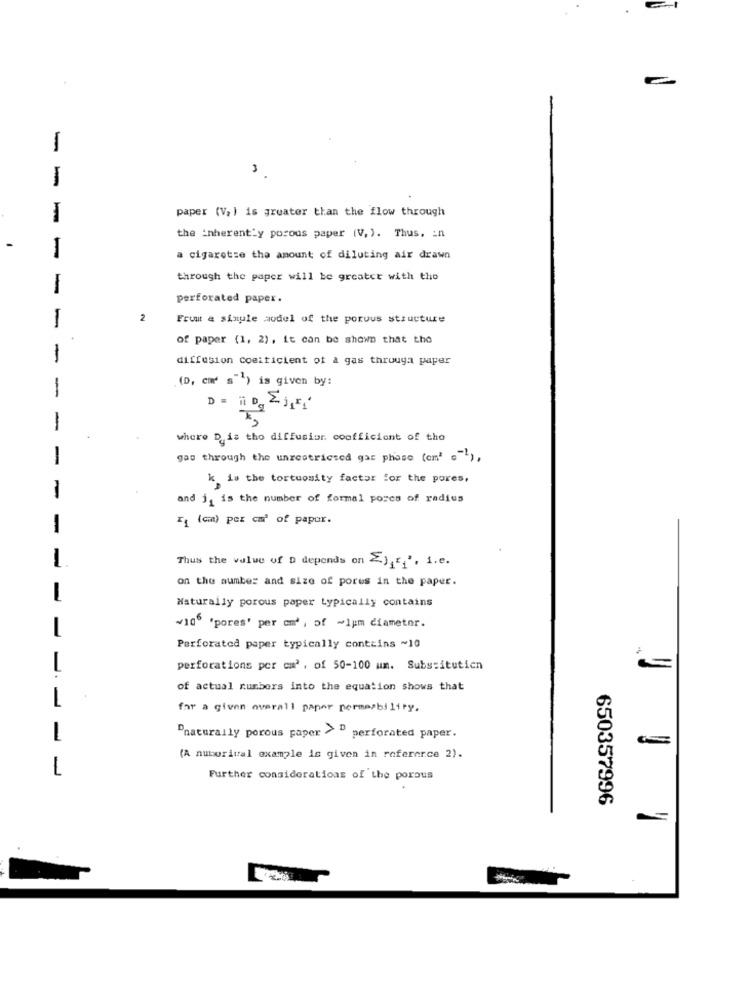
1
-
paper (V2 ) is greater than the flow through
-
-
the inherently porous paper (V.). Thus, in
I
a cigaretse the amount of diluting air drawn
through the paper will be greater with the
-
perforated paper.
1
2
Fruit & simule aodel of the porous structure
of paper (1, 2), it can be shown that the
-
diffusion cosificient of a gas througa paper
(D, cmd s") is given by:
-
1
where D is tho diffusion. coofficiant of the
-
gas through the unrestricted gas phase (em' ="1),
kis the tortuosity factor for the pores,
-
and j, is the number of formal porcs of radius
TA (cm) por cm' of papor.
-
Thus the value of D depends on 2), ",", i.e.
-
on the number and size of pores in the paper.
Naturally porous paper typically contains
~106 'pores' per om' , of ~1pm diameter.
Perforated paper typically contains ~10
L
perforations por cm', of 50-100 um. Substituticn
of actual numbers into the equation shows that
for a given overall paper permeability.
Pnaturally porous paper > D
-
perforated paper.
(A nuborival example is given in reference 2).
-
Further considerations of the porous
650357996